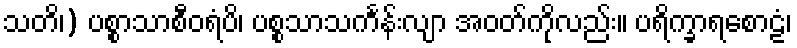
သတိ၊) ပစ္စာသာစီဝရံပိ၊ ပစ္စသာသင်္ကန်းလျာ အဝတ်ကိုလည်း။ ပရိက္ခာရစောဠံ၊